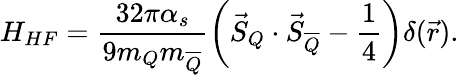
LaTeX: H_{HF}=\frac{32\pi\alpha_{s}}{9m_{Q}m_{\overline{{{Q}}}}}\left(\vec{S}_{Q}\cdot\vec{S}_{\overline{{{Q}}}}-\frac{1}{4}\right)\delta(\vec{r}).